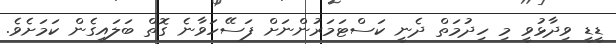
ޑީޑީ ވިދާޅުވީ މި ހިދުމަތް ދެނީ ކަސްޓަމަރުންނަށް ފަސޭހަވާނެ ގޮތް ބަލައިގެން ކަމަށެވެ.